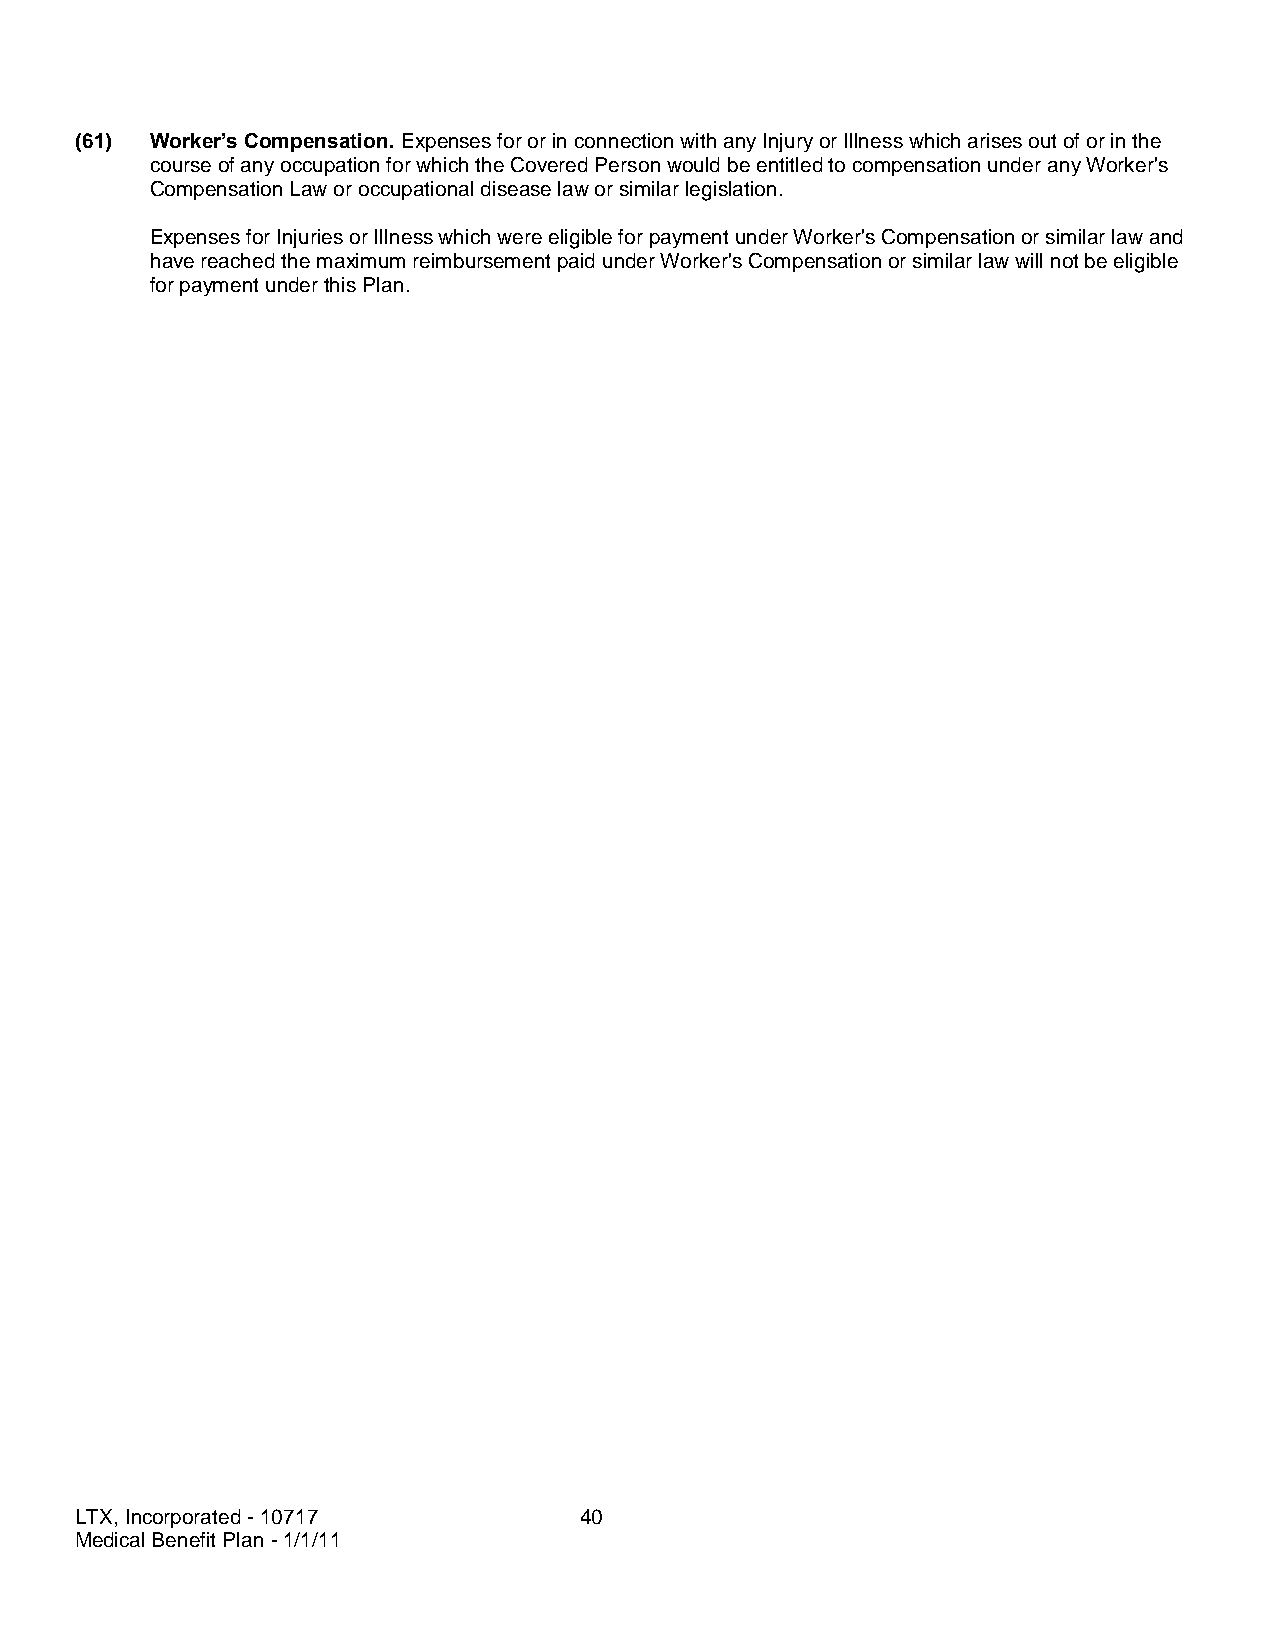
(61) Worker’s Compensation. Expenses for or in connection with any Injury or Illness which arises out of or in the
 course of any occupation for which the Covered Person would be entitled to compensation under any Worker's
 Compensation Law or occupational disease law or similar legislation.
 Expenses for Injuries or Illness which were eligible for payment under Worker's Compensation or similar law and
 have reached the maximum reimbursement paid under Worker's Compensation or similar law will not be eligible
 for payment under this Plan.
 LTX, Incorporated - 10717        40
 Medical Benefit Plan - 1/1/11